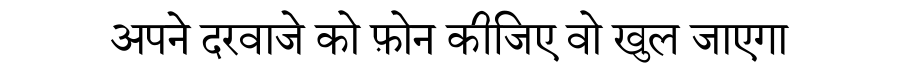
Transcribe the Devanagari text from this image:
अपने दरवाजे को फ़ोन कीजिए वो खुल जाएगा